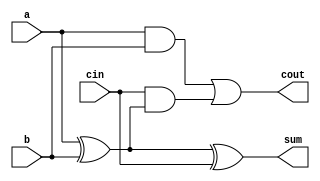
/* ACM Class System (I) Fall Assignment 1 
 *
 *
 * Implement your naive adder here
 * 
 * GUIDE:
 *   1. Create a RTL project in Vivado
 *   2. Put this file into `Sources'
 *   3. Put `test_adder.v' into `Simulation Sources'
 *   4. Run Behavioral Simulation
 *   5. Make sure to run at least 100 steps during the simulation (usually 100ns)
 *   6. You can see the results in `Tcl console'
 *
 */

module full_adder(
    input a,
    input b,
    input cin,
    output sum,
    output cout
);

    assign sum = a ^ b ^ cin;
    assign cout = (a & b) | (cin & (a ^ b));

endmodule

module adder_32(
    input cin,
	input   [31:0]  a,
    input   [31:0]  b,
    output  [31:0]  sum,
    output cout
);

    wire [32:0] tmpcarry;
    assign tmpcarry[0] = cin;

    genvar i;
    generate
        for (i = 0; i < 32; i = i + 1) begin
            full_adder fa(
                .a      (a[i]),
                .b      (b[i]),
                .cin    (tmpcarry[i]),
                .sum    (sum[i]),
                .cout   (tmpcarry[i+1])
            );
        end
    endgenerate
	
    assign cout = tmpcarry[32];
endmodule

module Add(
    input [31:0] a,
    input [31:0] b,
    output reg [31:0] sum
);
    wire unused;
    wire [31:0] tmpsum;
    adder_32 adder(1'b0, a, b, tmpsum, unused);
    always @* begin
		sum <= tmpsum;
	end
endmodule